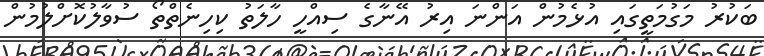
ބަކުރު މަގުމަތީގައި އުޅެމުން އަންނަ އިރު އޭނާގެ ސިއްހީ ހާލަތު ކިހިނެތްތޯ ސުވާލުކޮށްލުމުން